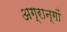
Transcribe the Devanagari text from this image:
अग्रान्गों